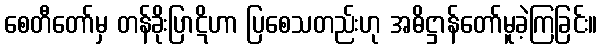
စေတီတော်မှ တန်ခိုးပြာဋိဟာ ပြစေသတည်းဟု အဓိဋ္ဌာန်တော်မူခဲ့ကြခြင်း။